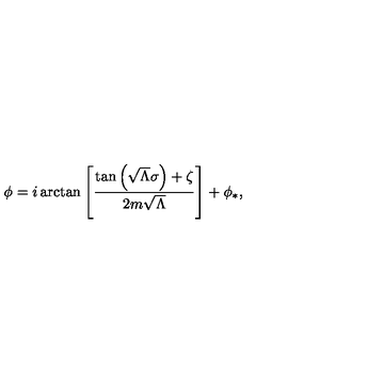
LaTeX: \phi = i \arctan \left[ \frac { \tan \left( \sqrt { \Lambda } \sigma \right) + \zeta } { 2 m \sqrt { \Lambda } } \right] + \phi _ { * } ,